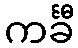
ကင်္ခီ